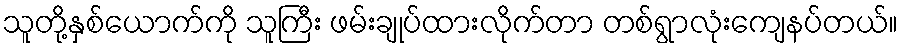
သူတို့နှစ်ယောက်ကို သူကြီး ဖမ်းချုပ်ထားလိုက်တာ တစ်ရွာလုံးကျေနပ်တယ်။